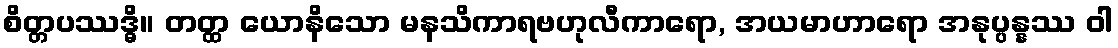
စိတ္တပဿဒ္ဓိ။ တတ္ထ ယောနိသော မနသိကာရဗဟုလီကာရော, အယမာဟာရော အနုပ္ပန္နဿ ဝါ